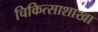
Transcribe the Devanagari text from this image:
चिकित्साशाखा